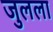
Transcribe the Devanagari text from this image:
जुलला